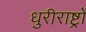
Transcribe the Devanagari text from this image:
धुरीराष्ट्रों